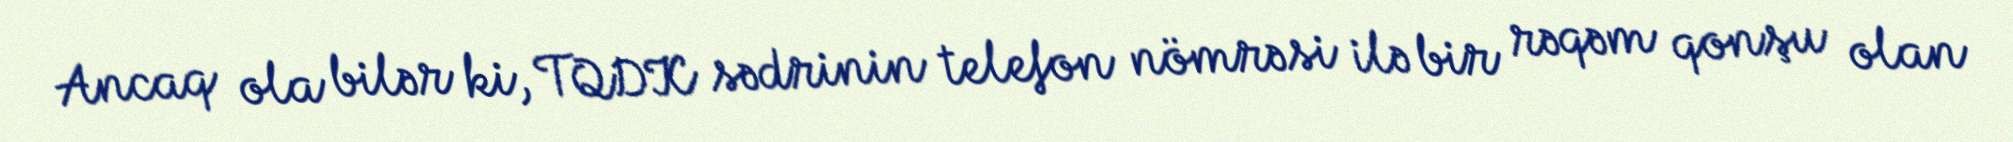
Ancaq ola bilər ki, TQDK sədrinin telefon nömrəsi ilə bir rəqəm qonşu olan